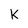
Character: k